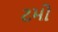
ટમો